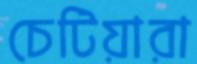
চেটিয়ারা